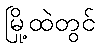
မြို့ထဲတွင်